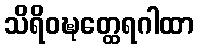
သိရိဝဍ္ဎတ္ထေရဂါထာ